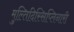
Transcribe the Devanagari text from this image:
मुल्तिदिस्सिप्लिनारी